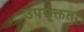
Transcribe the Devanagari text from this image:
उपयूक्तता